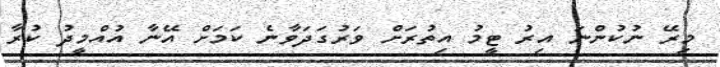
މިރޭ ނުކުންނަ އިރު ޓީމު އިތުރަށް ވަރުގަދަވާނެ ކަމަށް އޭނާ އުއްމީދު ކުރާ